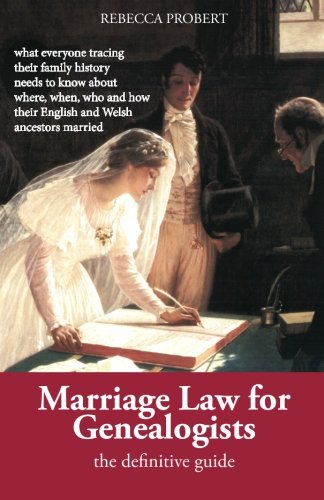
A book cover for Marriage Law for Genealogists: The Definitive Guide ...what everyone tracing their family history needs to know about where, when, who and how their English and Welsh ancestors married; Rebecca Probert; Law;